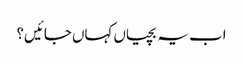
اب یہ بچیاں کہاں جائیں؟